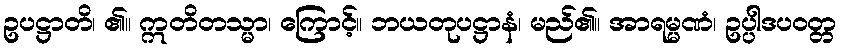
ဥပဋ္ဌာတိ၊ ၏။ ဣတိတသ္မာ၊ ကြောင့်။ ဘယတုပဋ္ဌာနံ၊ မည်၏။ အာရမ္မဏံ၊ ဥပ္ပါဒပဝတ္တ